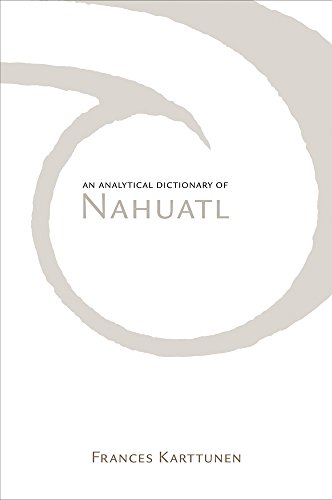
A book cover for An Analytical Dictionary of Nahuatl; Frances Karttunen; History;